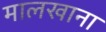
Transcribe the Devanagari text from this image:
मालखाना